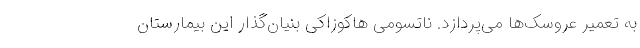
به تعمیر عروسک‌ها می‌پردازد. ناتسومی هاکوزاکی بنیان‌گذار این بیمارستان